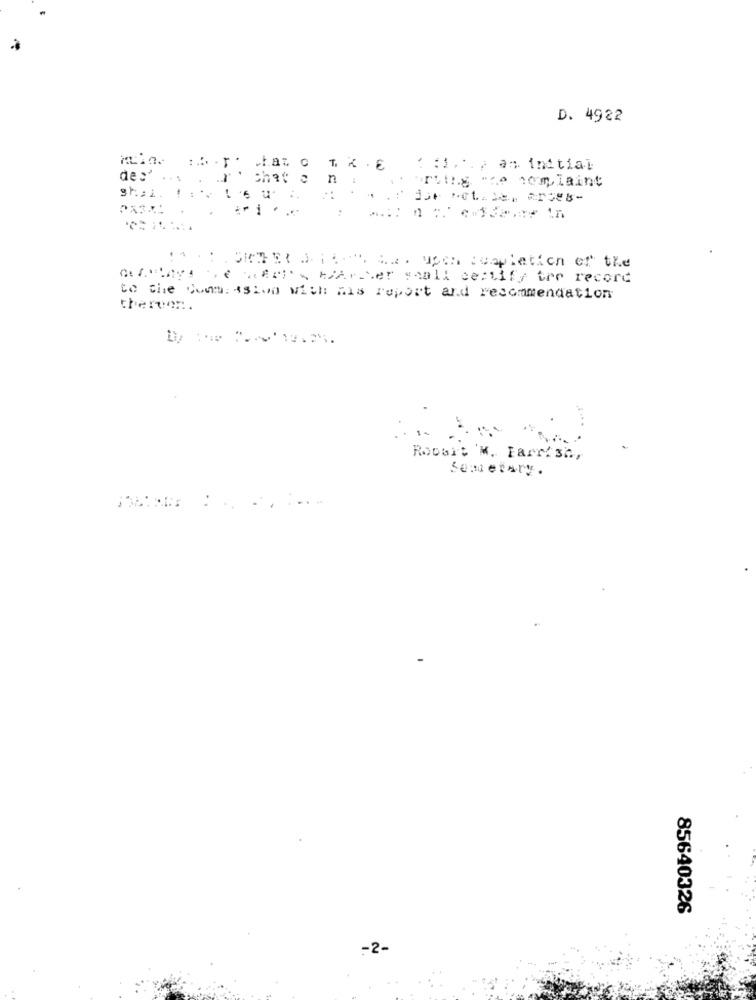
D. 4922
: : 1 .. , an initial
de:'
chaton
ruiny "ce somlaine
enfris biArter mall certify the record
to the Commission with his report and recommendation
thereen.
Robbit M. Farrish,
Semetary.
85640326
-2-